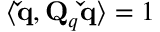
\langle \mathbf { \check { q } } , \mathbf { Q } _ { q } \mathbf { \check { q } } \rangle = 1